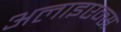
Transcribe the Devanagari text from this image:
अलाइएन्स